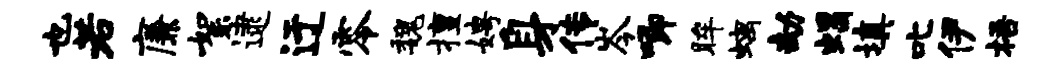
也若廉絮逮迂零魏擅娉身传岑唧眸螭劫蝎填叱伊梧